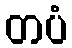
တပံ